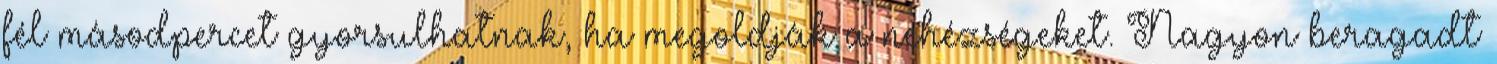
fél másodpercet gyorsulhatnak, ha megoldják a nehézségeket. Nagyon beragadt